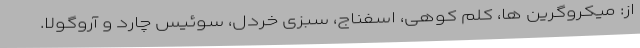
از: میکروگرین ها، کلم کوهی، اسفناج، سبزی خردل، سوئیس چارد و آروگولا.